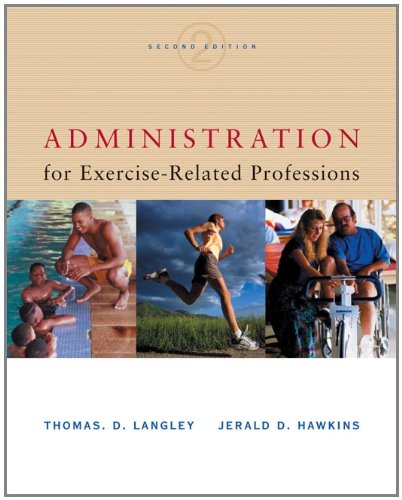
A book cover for Administration for Exercise-Related Professions; Thomas D. Langley; Medical Books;